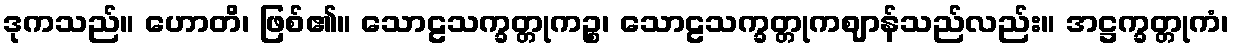
ဒုကသည်။ ဟောတိ၊ ဖြစ်၏။ သောဠသက္ခတ္တုကဉ္စ၊ သောဠသက္ခတ္တုကဈာန်သည်လည်း။ အဋ္ဌက္ခတ္တုကံ၊